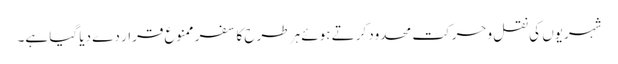
شہریوں کی نقل وحرکت محدود کرتے ہوئے ہر طرح کا سفر ممنوع قرار دے دیا گیا ہے۔